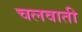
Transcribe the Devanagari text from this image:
चलवाती